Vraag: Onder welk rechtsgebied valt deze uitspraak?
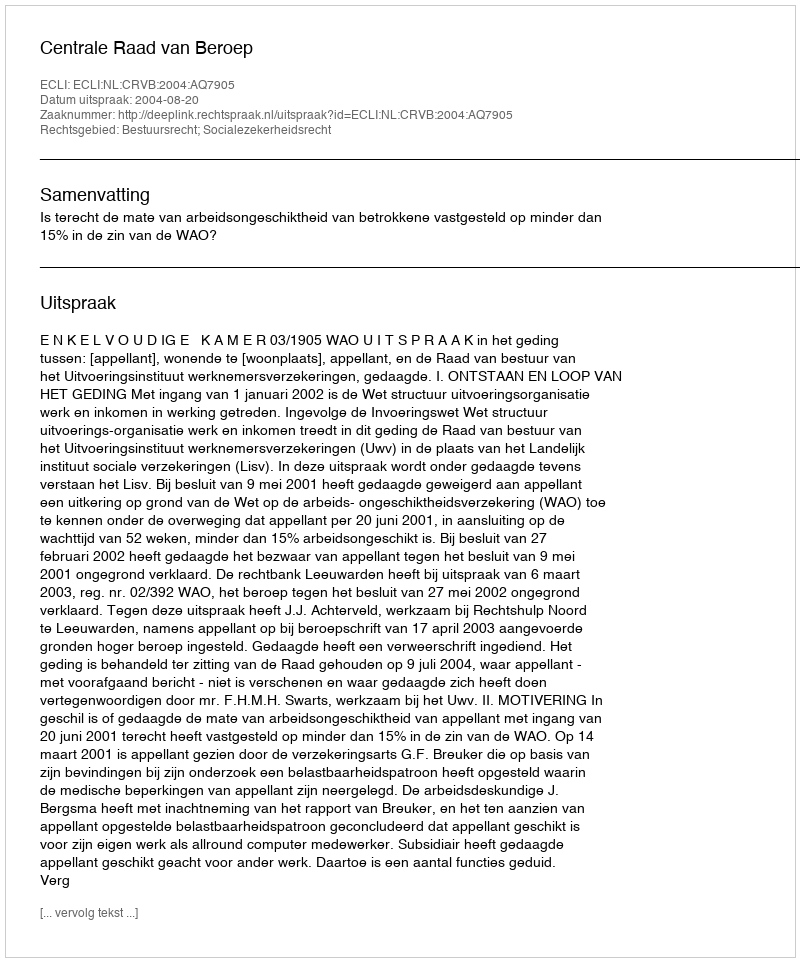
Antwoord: Bestuursrecht; Socialezekerheidsrecht